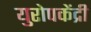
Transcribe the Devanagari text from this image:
युरोपकेंद्री